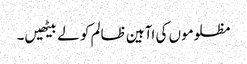
مظلوموں کی اآہین ظالم کو لے بیٹھیں۔